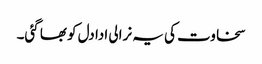
سخاوت کی یہ نرالی ادا دل کو بھا گئی۔